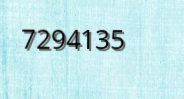
7294135